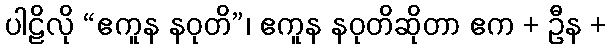
ပါဠိလို “ဧကူန နဝုတိ”၊ ဧကူန နဝုတိဆိုတာ ဧက + ဦန +